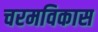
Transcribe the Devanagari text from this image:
चरमविकास